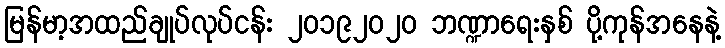
မြန်မာ့အထည်ချုပ်လုပ်ငန်း ၂၀၁၉၂၀၂၀ ဘဏ္ဍာရေးနှစ် ပို့ကုန်အနေနဲ့